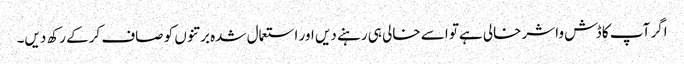
اگر آپ کا ڈش واشر خالی ہےتو اسے خالی ہی رہنے دیں اور استعمال شدہ برتنوں کو صاف کرکے رکھ دیں۔